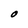
Character: O